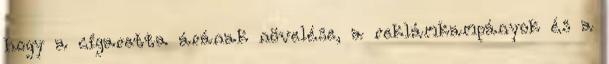
hogy a cigaretta árának növelése, a reklámkampányok és a